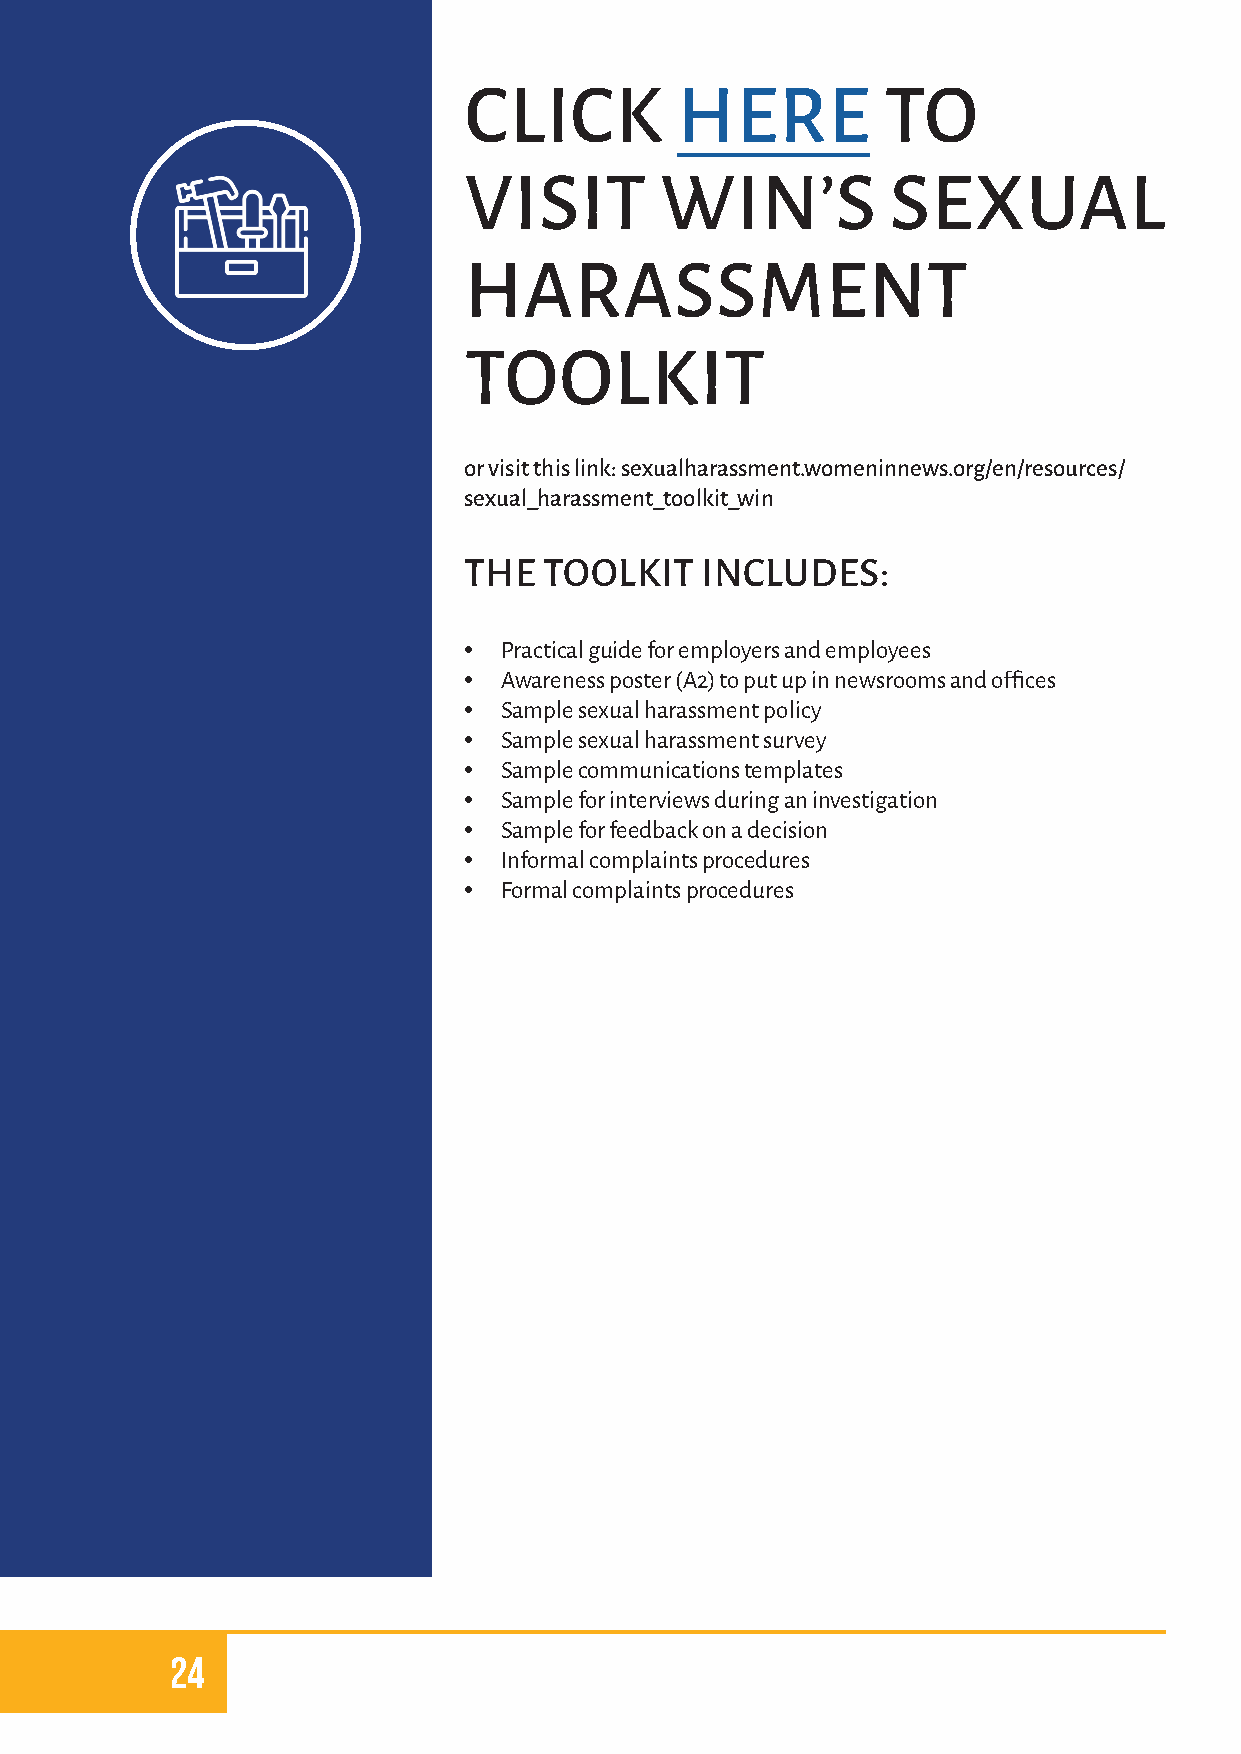
CLICK         HERE          TO
 VISIT        WIN’S          SEXUAL
 HARASSMENT
 TOOLKIT
 or visit this link: sexualharassment.womeninnews.org/en/resources/
 sexual_harassment_toolkit_win
 THE  TOOLKIT   INCLUDES:
 • Practical guide for employers and employees
 • Awareness poster (A2) to put up in newsrooms and offices
 • Sample sexual harassment policy
 • Sample sexual harassment survey
 • Sample communications templates
 • Sample for interviews during an investigation
 • Sample for feedback on a decision
 • Informal complaints procedures
 • Formal complaints procedures
 24